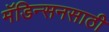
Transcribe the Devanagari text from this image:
मॅडिन्सनसाठी